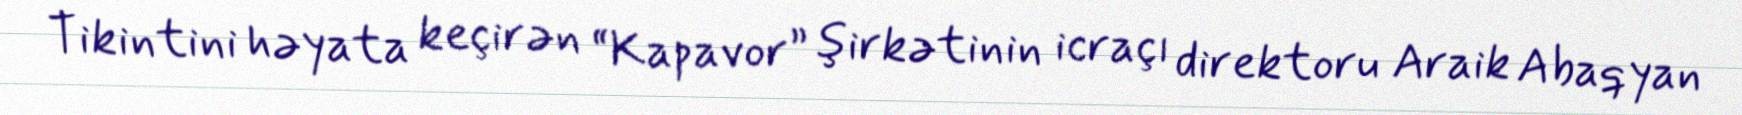
Tikintini həyata keçirən “Kapavor” şirkətinin icraçı direktoru Araik Abaqyan